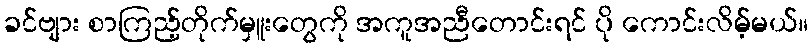
ခင်ဗျား စာကြည့်တိုက်မှူးတွေကို အကူအညီတောင်းရင် ပို ကောင်းလိမ့်မယ်။